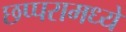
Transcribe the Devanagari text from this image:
छप्परामध्ये